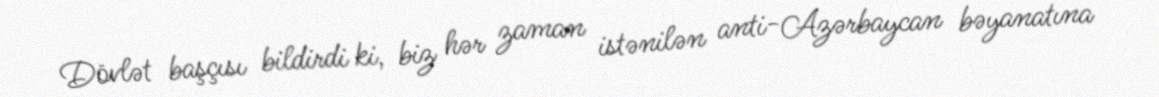
Dövlət başçısı bildirdi ki, biz hər zaman istənilən anti-Azərbaycan bəyanatına